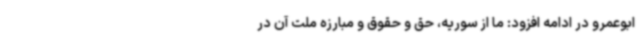
ابوعمرو در ادامه افزود: ما از سوریه، حق و حقوق و مبارزه ملت آن در